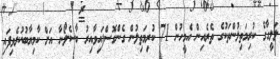
ލަލީގާގެ ކުރިމަތިލުންތަކުގެ ތެރެއިން އެމީހުން 71 ކުރިމަތިލުން ގެންގޮސްފައިވާއިރު ބާސެލޯނާ އަށް ކާމިޔާބުކުރެވިފައި